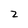
Character: 2